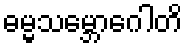
ဓမ္မသမ္ဘောဂေါတိ